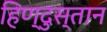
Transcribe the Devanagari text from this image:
हिण्दुस्तान